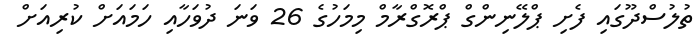
ތުލުސްދޫގައި ފެށި ޕްލޭނިންގް ޕްރޮގްރާމް މިމަހުގެ 26 ވަނަ ދުވަހާއި ހަމައަށް ކުރިއަށް